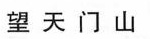
望天门山